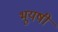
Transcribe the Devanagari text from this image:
भूयषी